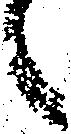
々